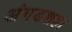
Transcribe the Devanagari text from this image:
अंगडशहा